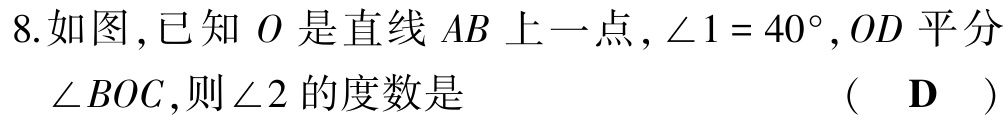
8.如图,已知 \(O\) 是直线 \(AB\) 上一点,\(\angle 1 = 40^{\circ}\),\(OD\) 平分\(\angle BOC\),则\(\angle 2\) 的度数是  （ \(\mathbf{D}\)  ）